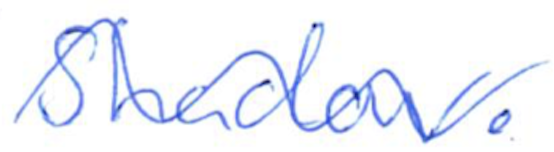
Text: Shadow.
Cross-out: wave
Writing tool: ballpoint